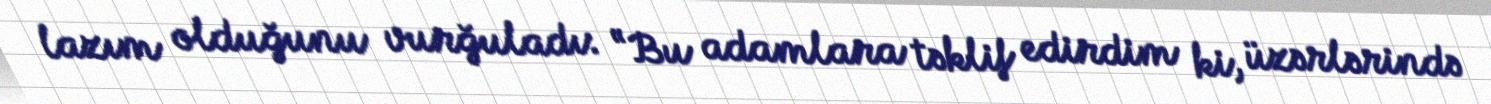
lazım olduğunu vurğuladı: “Bu adamlara təklif edirdim ki, üzərlərində